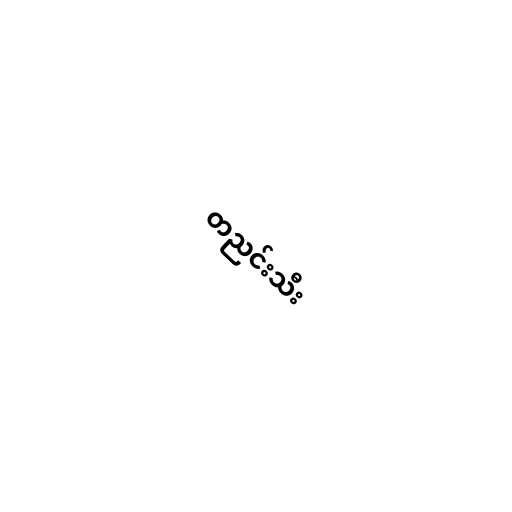
တညင်းသီး